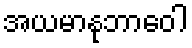
အယမာနုဘာဝေါ